Physiological action of certain drugs in tablet form - Number 52A
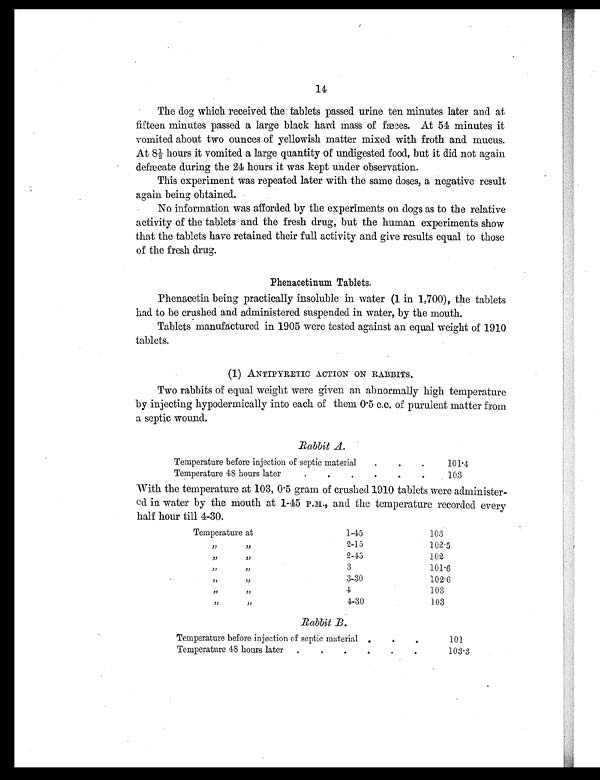
14
The dog which received the tablets passed urine ten minutes later and at
fifteen minutes passed a large black hard mass of fæces. At 54 minutes it
vomited about two ounces of yellowish matter mixed with froth and mucus.
At 8½ hours it vomited a large quantity of undigested food, but it did not again
defecate during the 24 hours it was kept under observation.
This experiment was repeated later with the same doses, a negative result
again being obtained.
No information was afforded by the experiments on dogs as to the relative
activity of the tablets and the fresh drug, but the human experiments show
that the tablets have retained their full activity and give results equal to those
of the fresh drug.
Phenacetinum Tablets.
Phenacetin being practically insoluble in water (1 in 1,700), the tablets
had to be crushed and administered suspended in water, by the mouth.
Tablets manufactured in 1905 were tested against an equal weight of 1910
tablets.
(1) ANTIPYRETIC ACTION ON RABBITS.
Two rabbits of equal weight were given an abnormally high temperature
by injecting hypodermically into each of them 0.5 c.c. of purulent matter from
a septic wound.
Rabbit A.
Temperature before injection of septic material
.
.
.
101 .4
Temperature 48 hours late
.
.
.
.
.
.
103
With the temperature at 103, 0.5 gram of crushed 1910 tablets were administer-
ed in water by the mouth at 1-45 P.M., and the temperature recorded every
half hour till 4-30.
Temperature at
1-45
103
,,
, ,
2-15
102.5
,,
, ,
2-45
102
,,
, ,
3
101.6
,,
,,
3-30
102.6
,,
, ,
4
103
,,
, ,
4-30
103
Rabbit B.
Temperature before injection of septic material .
.
. 101
Temperature 48 hours later . .
. .
. .
. .
..
. .
103.3